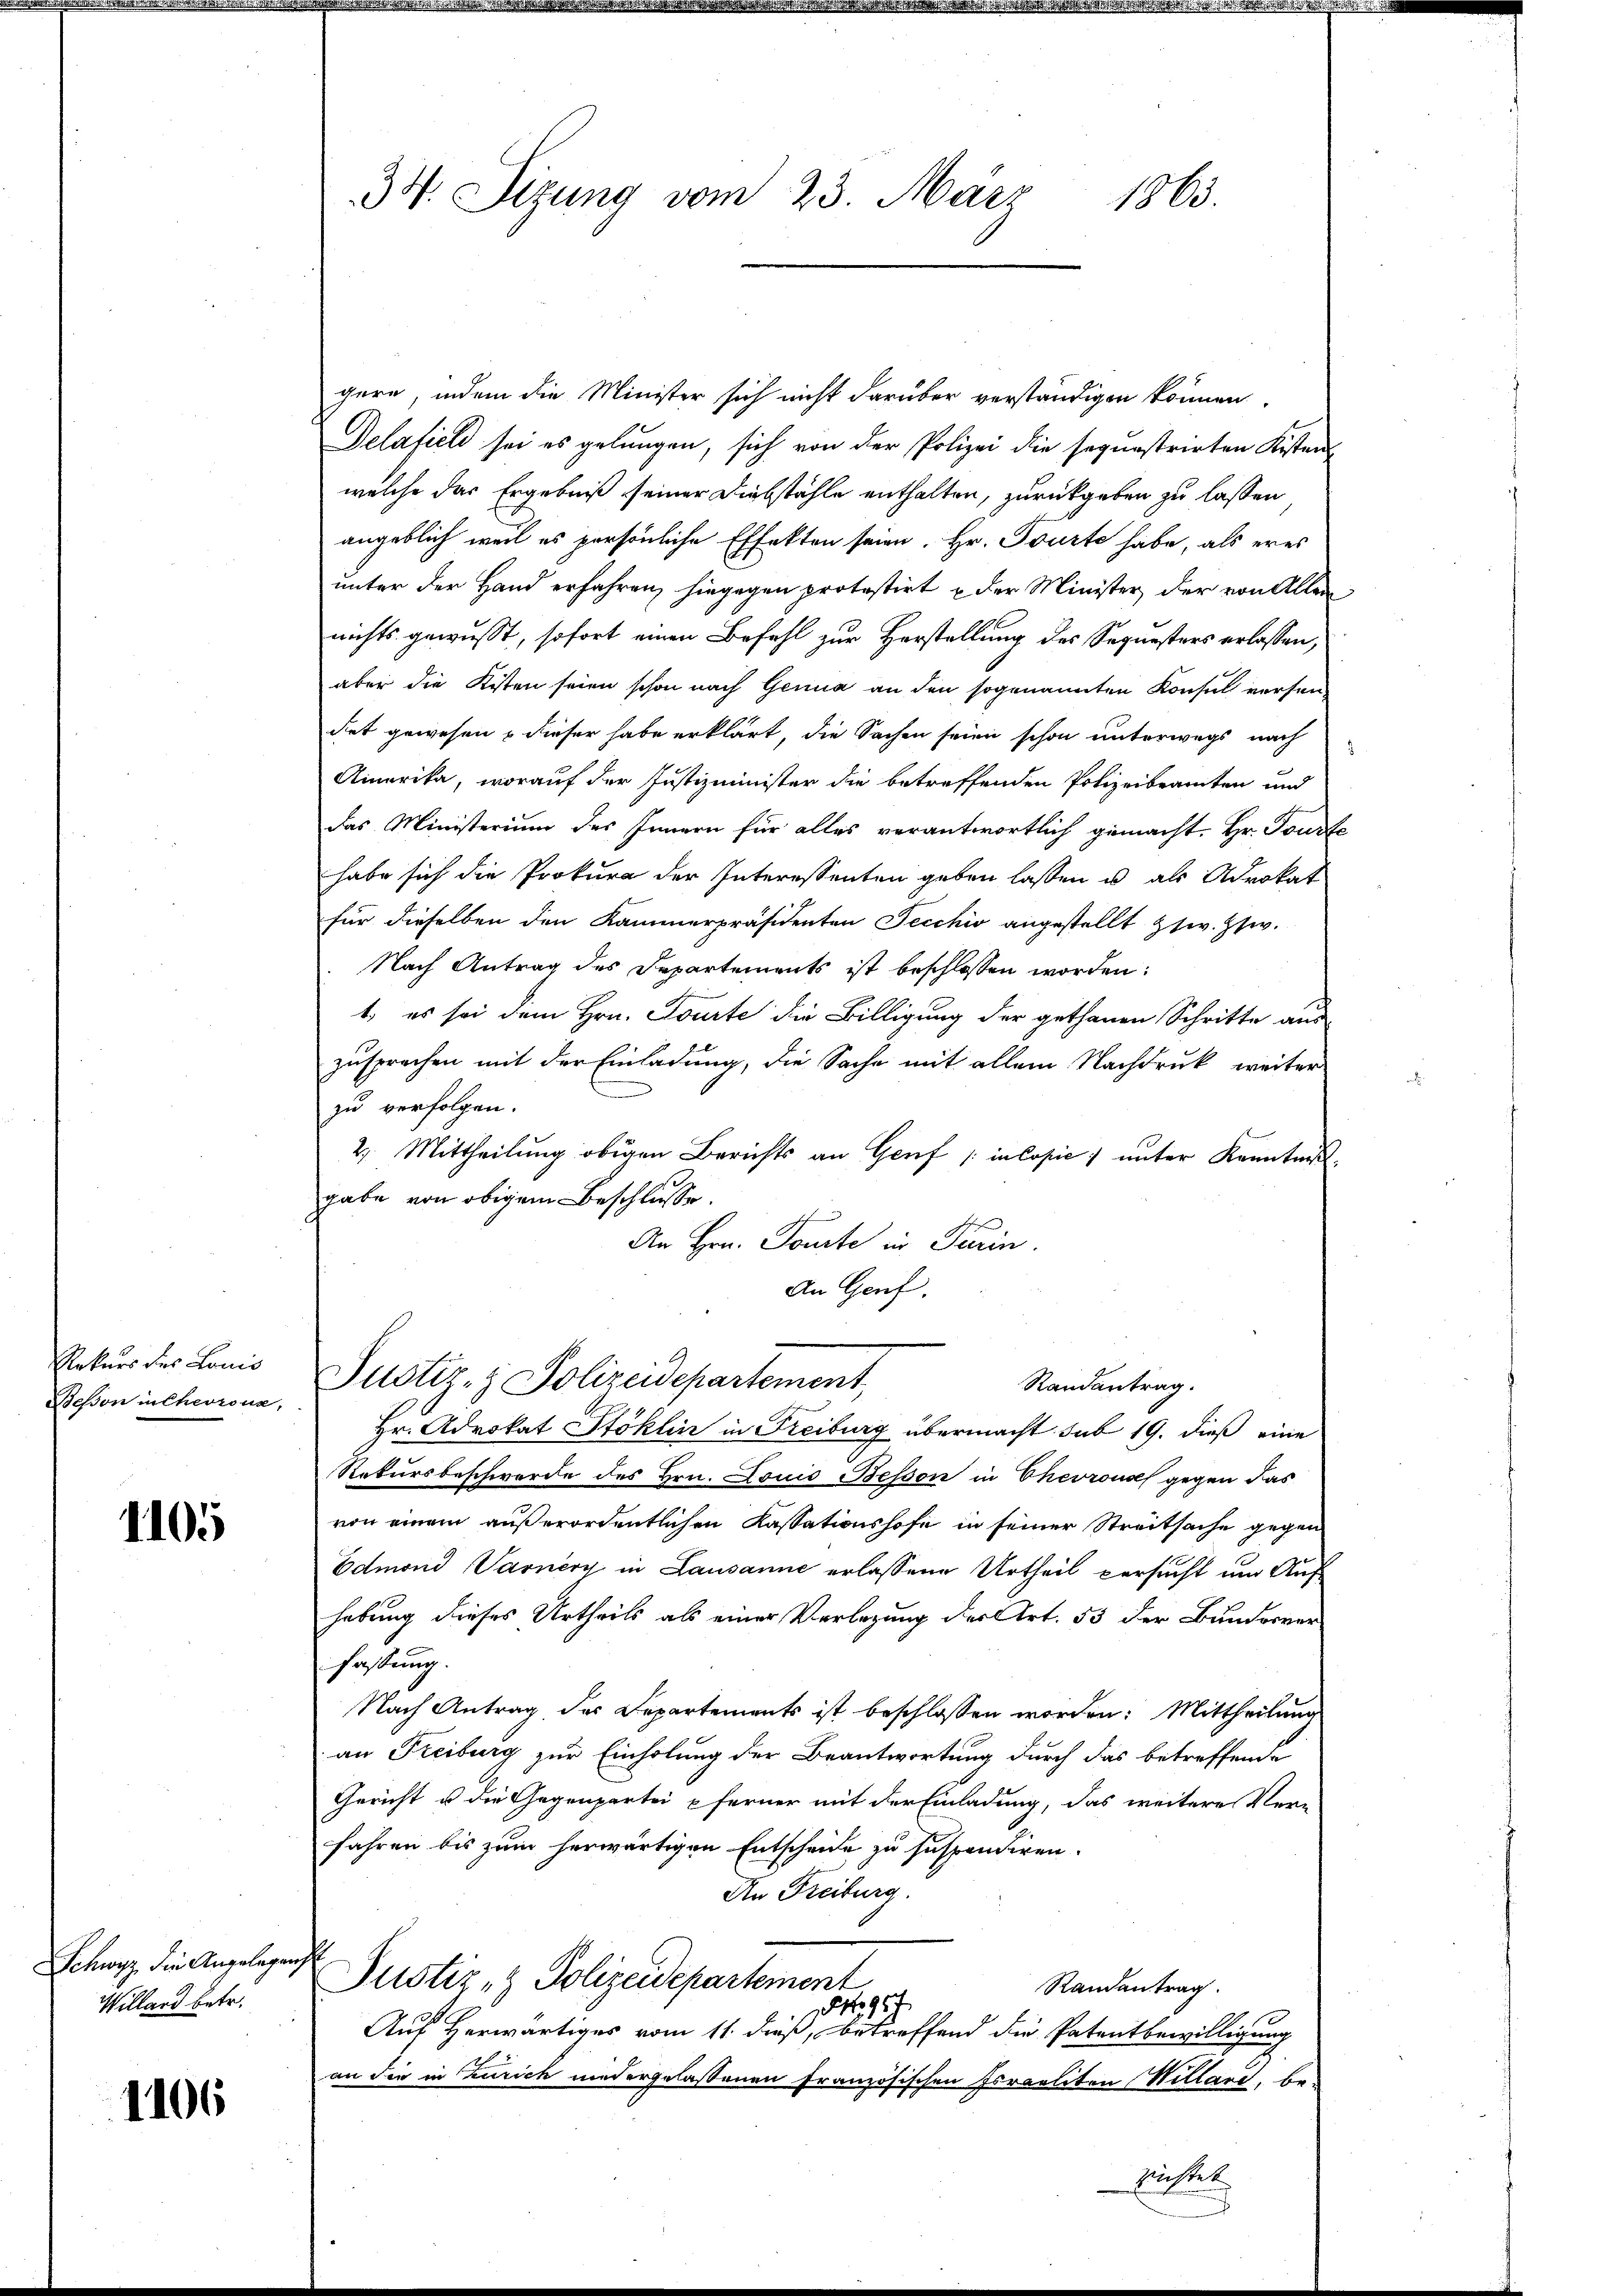
Rekurs des Louis
Bessen in Chevronz,

1105

Schwyz die Angelegen
Willand betr.

1106

34. Sizung vom 23. März
1863.

gern, indem die Minister sich nicht darüber verständigen können.
Delafiel sei es gelungen, sich von der Polizei die sequestrirten Kistens
welche das Ergebniß seiner Diebstähle enthalten, zurückgeben zu lassen
angeblich weil es persönliche Effekten seien. Hr. Tourte habe, als er es
unter der Hand erfahren, hingegen protestirt & der Minister der von Allen
nichts gewusst, sofort einen Befehl zur Herstellung des Sequesters erlassen,
aber die Kisten seien schon nach Genua an den sogenannten Konsul versendet gewesen & dieser habe erklärt, die Sachen seien schon unterwegs nach
Ainarika, worauf der Justizminister die betreffenden Polizeibeamten und
das Ministerium des Innern für alles verantwortlich gemacht. Hr. Tourte
habe sich die Prokura der Interessenten geben lassen u als Advokat
für dieselben den Kammerpräsidenten Jecchio angestellt zw. Zsw.
Nach Antrag des Departements ist beschlossen worden:
1.) es sei dem Hrn. Tourte die Billigung der gethanen Schritte aus
zusprechen mit der Einladung, die Sache mit allem Nachdruk weiter
zu verfolgen.
2. Mittheilung obigen Berichts an Genf / in Copie) unter Kenntnis-
gabe von obigem Beschlüsse.
An Hrn. Toute in Turin.
An Genf.
Justiz- & Polizeidepartement,
Randantrag.
Hr. Advokat Stoklin in Freiburg übermacht sub 19. dieß eine
Rekursbeschwerde des Hrn. Louis Beson in Thevrouss gegen das
von einem außerordentlichen Kassationshofe in seiner Streitsache gegen
Edmond Varnery in Lausanne erlassene Urtheil versucht um Auf
hebung dieses Urtheils als einer Verlegung der Art. 53 der Bundesver
fassung.
Nach Antrag des Departements ist beschlossen worden: Mittheilung
an Freiburg zur Einholung der Beantwortung durch das betreffende
Gericht u die Gegenpartei pferner mit der Einladung, das weitere Ver-
fahren bis zum herwärtigen Entscheide zu suspendiren.
An Freiburg.
Justiz- & Polizeidepartement
Randantrag.
 957
Auf Herwärtiges vom 11. dieß, betreffend die Patentbewilligung
an der in Zürich niedergelassenen Französischen Israeliton Willard, be-
lrichtet